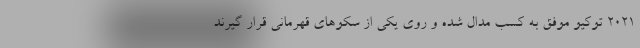
۲۰۲۱ توکیو موفق به کسب مدال شده و روی یکی از سکوهای قهرمانی قرار گیرند